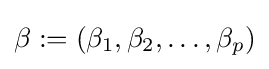
\beta :=(\beta _{1},\beta _{2},\ldots ,\beta _{p})